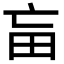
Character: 𤰡